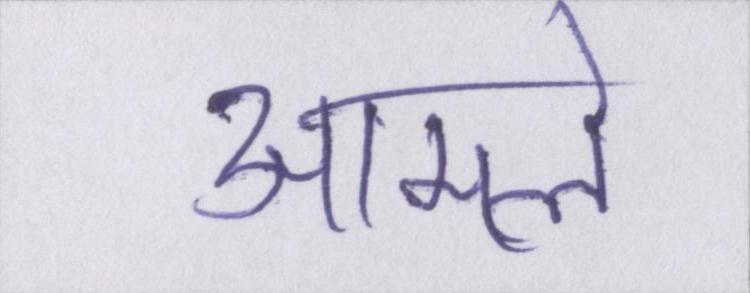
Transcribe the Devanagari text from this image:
आमले